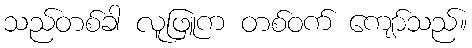
သည်တစ်ခါ လူဖြူက တစ်ဝက် ကျော်သည်။